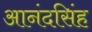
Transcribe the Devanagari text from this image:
आनंदसिंह